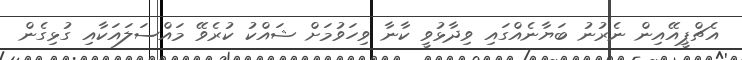
އެޗްޕީއޭއިން ނެރުނު ބަޔާނެއްގައި ވިދާޅުވީ ކާނާ ވިހަވުމަށް ޝައްކު ކުރެވޭ މައްސަލައަކާއި ގުޅިގެން